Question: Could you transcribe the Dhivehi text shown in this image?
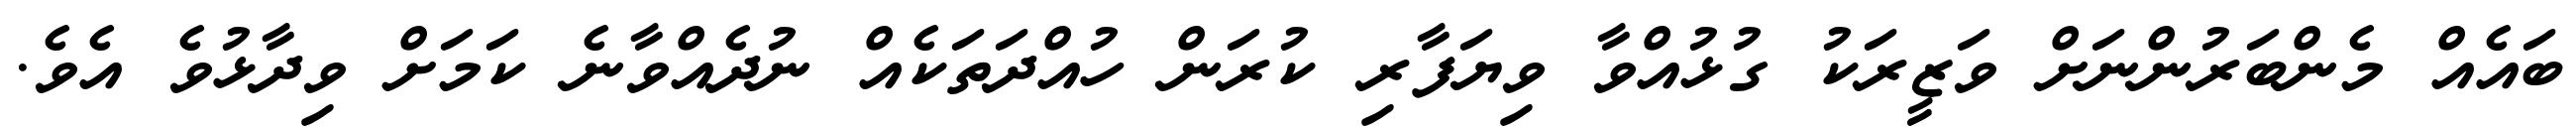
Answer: ބައެއް މެންބަރުންނަށް ވަޒީރަކު ގުޅުއްވާ ވިޔަފާރި ކުރަން ހުއްދަތަކެއް ނުދެއްވާނެ ކަމަށް ވިދާޅުވެ އެވެ.